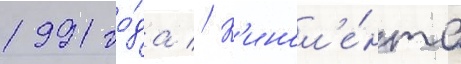
1991 го́да // К'инол'е́нта